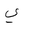
Letter: _ya